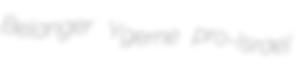
Belanger Ygerne pro-Israel